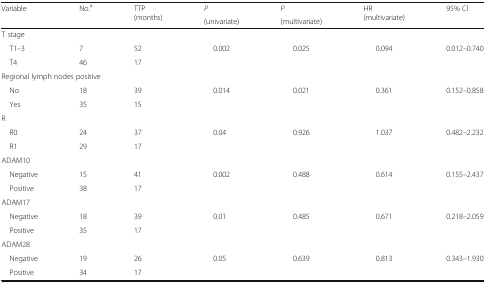
| <ROWSPAN=2> Variable | <ROWSPAN=2> No.a | <ROWSPAN=2> TTP (months) | P | P | <ROWSPAN=2> HR (multivariate) | <ROWSPAN=2> 95% CI |
 | (univariate) | (multivariate) |
 | --- | --- | --- | --- | --- | --- | --- |
 | <COLSPAN=7> T stage |
 | T1–3 | 7 | 52 | 0.002 | 0.025 | 0.094 | 0.012–0.740 |
 | T4 | 46 | 17 |  |  |  |  |
 | <COLSPAN=7> Regional lymph nodes positive |
 | No | 18 | 39 | 0.014 | 0.021 | 0.361 | 0.152–0.858 |
 | Yes | 35 | 15 |  |  |  |  |
 | <COLSPAN=7> R |
 | R0 | 24 | 37 | 0.04 | 0.926 | 1.037 | 0.482–2.232 |
 | R1 | 29 | 17 |  |  |  |  |
 | <COLSPAN=7> ADAM10 |
 | Negative | 15 | 41 | 0.002 | 0.488 | 0.614 | 0.155–2.437 |
 | Positive | 38 | 17 |  |  |  |  |
 | <COLSPAN=7> ADAM17 |
 | Negative | 18 | 39 | 0.01 | 0.485 | 0.671 | 0.218–2.059 |
 | Positive | 35 | 17 |  |  |  |  |
 | <COLSPAN=7> ADAM28 |
 | Negative | 19 | 26 | 0.05 | 0.639 | 0.813 | 0.343–1.930 |
 | Positive | 34 | 17 |  |  |  |  |